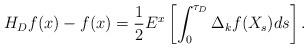
LaTeX: \begin{align*}H_Df(x)-f(x)=\frac 12 E^x\left[\int_0^{\tau_D}\Delta_kf(X_s) ds\right].\end{align*}